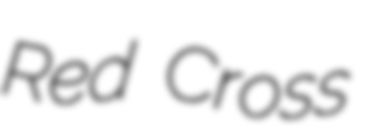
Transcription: Red Cross